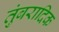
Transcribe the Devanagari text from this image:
तुंबरादिक